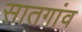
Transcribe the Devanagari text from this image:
सातगांव